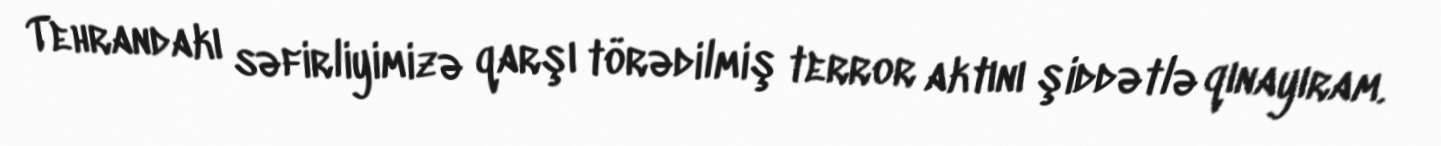
Tehrandakı səfirliyimizə qarşı törədilmiş terror aktını şiddətlə qınayıram.